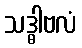
သဒ္ဓါဗလံ